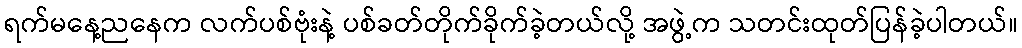
ရက်မနေ့ညနေက လက်ပစ်ဗုံးနဲ့ ပစ်ခတ်တိုက်ခိုက်ခဲ့တယ်လို့ အဖွဲ့က သတင်းထုတ်ပြန်ခဲ့ပါတယ်။